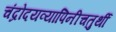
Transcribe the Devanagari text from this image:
चंद्रोदयव्यापिनीचतुर्थी